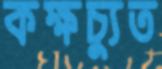
কক্ষচ্যুত